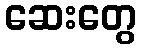
ဆေးတွေ